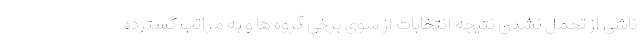
ناشی از تحمل نشدن نتیجه انتخابات از سوی برخی گروه ها و به مراتب گسترده